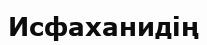
Исфаханидің